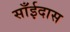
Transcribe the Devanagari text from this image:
साँईदास